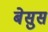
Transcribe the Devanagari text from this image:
बेसुस